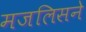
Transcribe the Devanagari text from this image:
मजलिसने